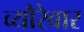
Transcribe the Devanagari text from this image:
व्यौरेवार